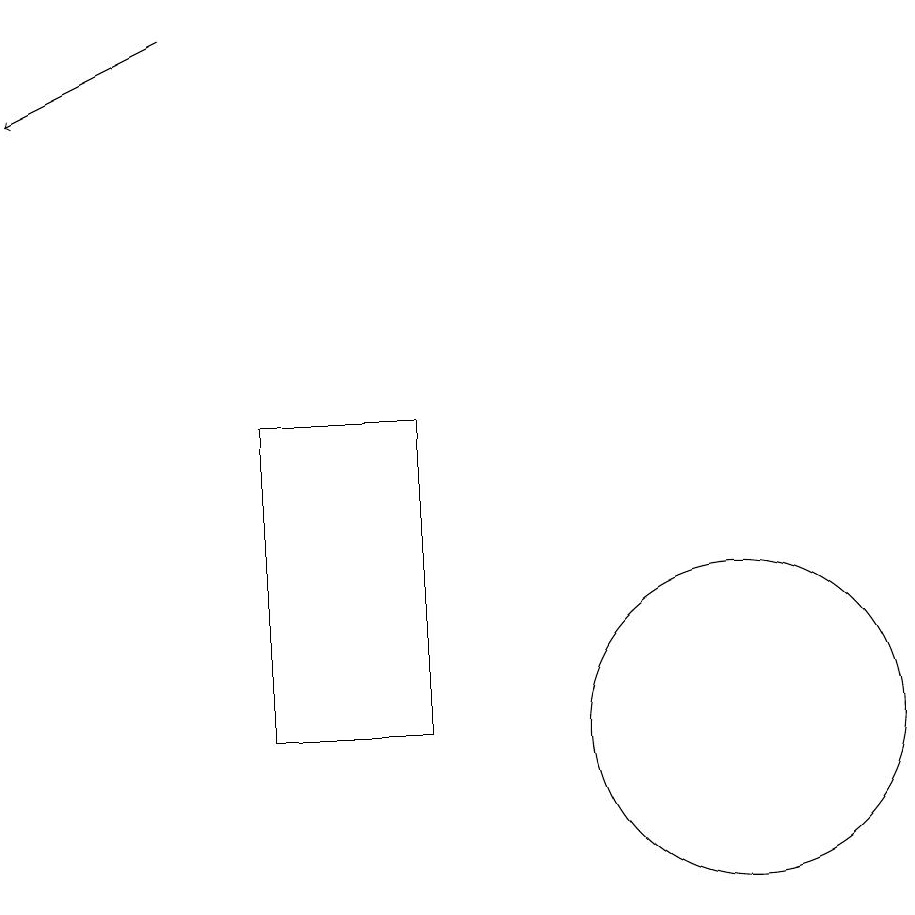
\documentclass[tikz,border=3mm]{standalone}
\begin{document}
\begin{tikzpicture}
\draw (10,12) circle (0);
\draw[->] (4,19) -- (2,18);
\draw (5,14) rectangle (7,10);
\draw (11,10) circle (2);
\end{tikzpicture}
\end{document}